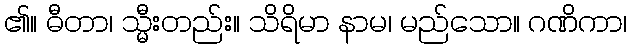
၏။ ဓီတာ၊ သ္မီးတည်း။ သိရိမာ နာမ၊ မည်သော။ ဂဏိကာ၊